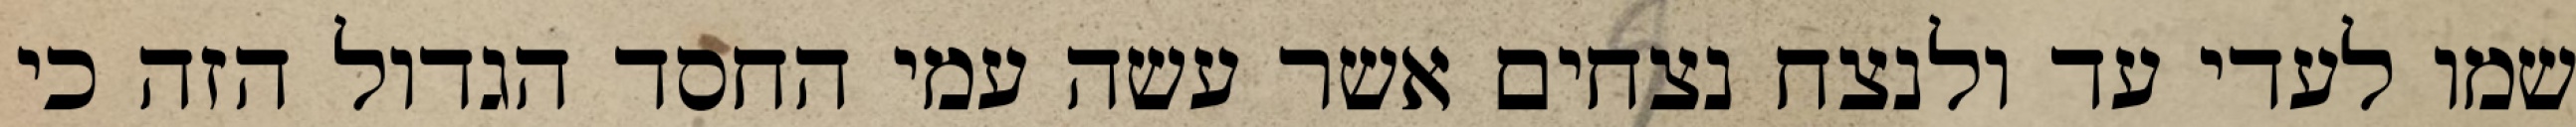
שמו לעדי עד ולנצח נצחים אשר עשה עמי החסד הגדול הזה כי